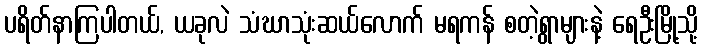
ပရိတ်နာကြပါတယ်, ယခုလဲ သံဃာသုံးဆယ်လောက် မရကန် စတဲ့ရွာများနဲ့ ရေဦးမြို့သို့